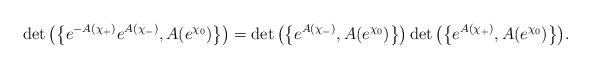
LaTeX: \begin{gather*}\det\big(\big\{e^{-A(\chi_+)} e^{A(\chi_-)},A(e^{\chi_0})\big\}\big)=\det\big(\big\{e^{A(\chi_-)},A(e^{\chi_0})\big\}\big)\det\big(\big\{e^{A(\chi_+)},A(e^{\chi_0})\big\}\big).\end{gather*}